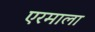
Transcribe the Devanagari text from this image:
एरमाला